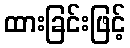
ထားခြင်းဖြင့်